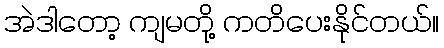
အဲဒါတော့ ကျမတို့ ကတိပေးနိုင်တယ်။